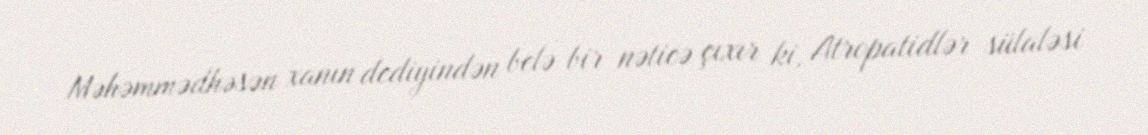
Məhəmmədhəsən xanın dediyindən belə bir nəticə çıxır ki, Atropatidlər sülaləsi